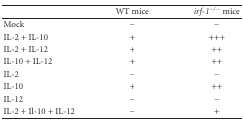
|  | WT mice | irf-1−/− mice |
 | --- | --- | --- |
 | Mock | − | − |
 | IL-2 + IL-10 | + | +++ |
 | IL-2 + IL-12 | + | ++ |
 | IL-10 + IL-12 | + | ++ |
 | IL-2 | − | − |
 | IL-10 | + | ++ |
 | IL-12 | − | − |
 | IL-2 + Il-10 + IL-12 | − | + |